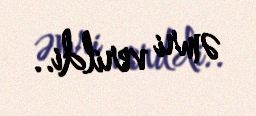
əmri verildi..